Tezpur Lunatic Asylum reports 1877-1894 - 1877-1894
Year: 1877
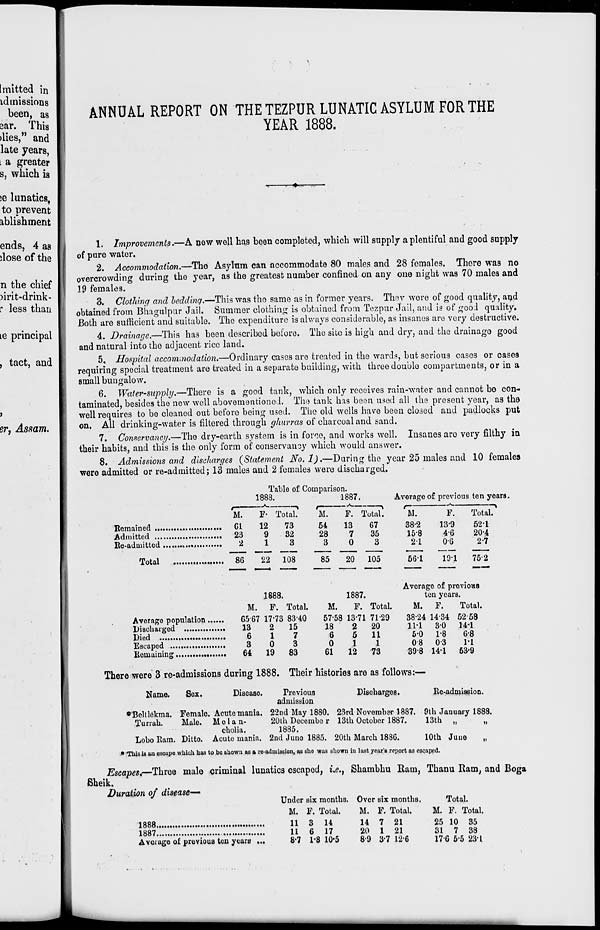
ANNUAL REPORT ON THE TEZPUR LUNATIC ASYLUM FOR THE
YEAR 1888.
1. Improvements.—A new well has been completed, which will supply a plentiful and good supply
of pure water.
2. Accommodation.—The Asylum can accommodate 80 males and 28 females. There was no
overcrowding during tho year, as the greatest number confined on any one night was 70 males and
19 females.
3. Clothing and bedding.—This was tho same as in former years. They wore of good quality, and
obtained from Bhagulpur Jail. Summer clothing is obtained from Tezpur Jail, and is of gooJ quality.
Both are sufficient and suitable. Tho expenditure is always considerable, as insanes are very destructive.
4. Drainage.—This has been described boforo. The site is high and dry, and tho drainago good
and natural into the adjacent rice land.
5. Hospital accommodation.—Ordinary cases are treated in the wards, but serious cases or cases
requiring spocial treatment are treated in a separate building, with three double compartments, or in a
small bungalow.
6. Water-supply.—There is a good tank, which only receives rain-water and cannot bo con-
taminated, besides the now well abovementione.i. The tank has been used all the present year, as the
well requires to be cleaned out before being used. The old wells have beon closed and padlocks put
on. All drinking-water is filtered through (/hurras of charcoal and sand.
7. Conservancy.—The dry-earth system is in force, and works well. Insanes aro very filthy in
their habits, and this is the only form of conservancy which would answer.
8. Admissions and discharges {Statement No.l).—During the year 25 males and 10 females
were admitted or re-admitted; 13 males and 2 females were discharged.
Table of Comparison.
1888.
1887.
Average of previous ten years.
M.
F- Total?
'ST F. ToTa?.
1\.
F.
Total?
Remained
01
12
73
54
13
G7
382
13-9
521
Admitted
23
9
32
28
7
35
158
46
20'4
Re-admitted
,
2
13
3
0
3
21
06
27
Total
86
22 108
85
20 105
561
191
752
Average of previous
1888.
1887.
ten years.
M. F. Total.
M.
F. Total.
M. F.
Total.
Average population
G5 67 1773 8340
5758 1371 7129
38-24 14-34 5258
Discharged
13
2
15
18
2
20
111 30 141
Died
6
17
6
5
11
5-0 1-8
68
Escaped
3
0
3
Oil
080-3
11
Remaining
64
19
83
61
12
73
398 14-1 53*9
There were 3 re-admissions during 1888. Their histories are as follows:—
Name.
Sex.
Disease.
Previous
Discharges.
Re-adniiseion.
admission
•Belllekma. Female. Acute mania. 22nd May 1880. 23rd Novorabsr 1887. 9th January 1888.
Turrah.
Male. Mo Ian-
20th Decembo r 13th October 1887.
13th „
„
cholia.
1885.
Lobo Ram. Ditto. Acute mania. 2nd Juno 1885. 20th March 1886.
10th Juue
„
• This is an escape which has to bo shown as a re-admission, as slio was shown in lost year's report as escaped.
Escapes*—Three male criminal lunatics escaped, i.e., Shambhu Ram, Thanu Ram, and Boga
Sheik.
Duration of disease-—
Under six months. Over six months.
Total.
M. F. Total.
M. F. Total.
M. F. Total.
1888
11 3 14
14 7 21
25 10 35
1887
11 6 17
20 1 21
31 7 38
Average of previous ten years ...
87 1'8 10-5
89 3'7 126
X7G 5'5 231